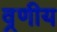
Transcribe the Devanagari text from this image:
व्रणीय